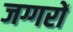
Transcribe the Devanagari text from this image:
जग्गरों